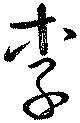
季